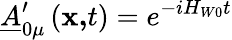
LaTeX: \underline{{{A}}}_{0\mu}^{\prime}\left(\mathbf{x,}t\right)=e^{-iH_{W0}t}